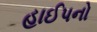
હાઈપનો